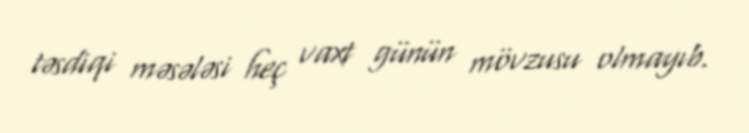
təsdiqi məsələsi heç vaxt günün mövzusu olmayıb.